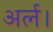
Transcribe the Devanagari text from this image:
अर्ल।